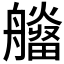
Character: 𤳮